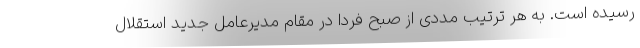
رسیده است. به هر ترتیب مددی از صبح فردا در مقام مدیرعامل جدید استقلال